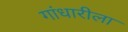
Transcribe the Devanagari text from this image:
गांधारीला